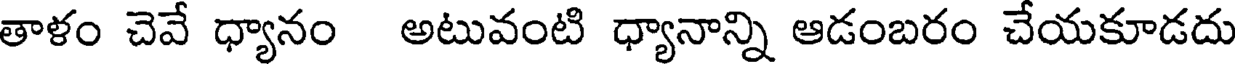
తాళం చెవే ధ్యానం అటువంటి ధ్యానాన్ని ఆడంబరం చేయకూడదు